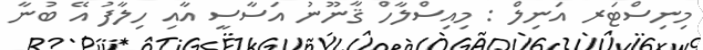
މިނިސްޓަރ އަނިލް : މިއިސްލާހް ޤާނޫނު އަސާސީ އާއި ހިލާފު އޭ ބުނާ